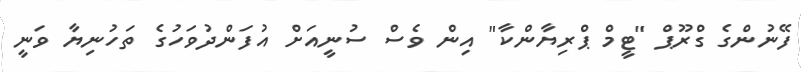
ފޭނުންގެ ގްރޫޕް "ޓީމް ޕްރިޔާންކާ" އިން ވެސް ސުނީއަށް އުފަންދުވަހުގެ ތަހުނިޔާ ވަނީ